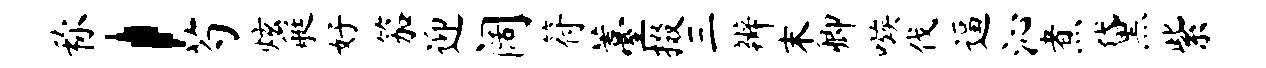
称，芍炫艇好笳迎阔符薹掇三辨末卿嗾伐逼沁煮黛紫